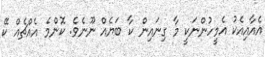
އެއާއިއެކު އެމީހުންނަކީ މާ ގިނައިން ކާ ބަޔެއް ނޫނެވެ. ކޮންމެ އެއްޗެއް ކޭ